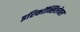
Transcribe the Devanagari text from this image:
इरिकॉन्सिलेबल